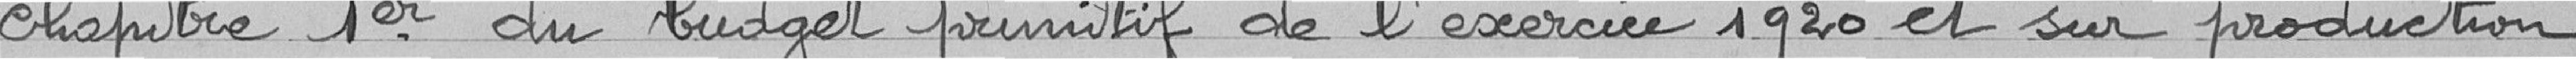
chapitre 1er du budget primitif de l'exercice 1920 et sur production